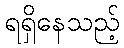
ရရှိနေသည့်